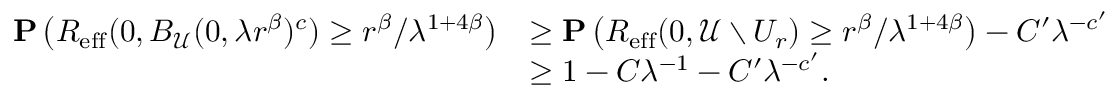
\begin{array} { r l } { \mathbf { P } \left( R _ { \mathrm { e f f } } ( { 0 } , { B _ { \mathcal { U } } ( 0 , \lambda r ^ { \beta } ) ^ { c } } ) \ge r ^ { \beta } / \lambda ^ { 1 + 4 \beta } \right) } & { \ge \mathbf { P } \left( R _ { \mathrm { e f f } } ( { 0 } , { \mathcal { U } \setminus U _ { r } } ) \ge r ^ { \beta } / \lambda ^ { 1 + 4 \beta } \right) - C ^ { \prime } \lambda ^ { - c ^ { \prime } } } \\ & { \ge 1 - C \lambda ^ { - 1 } - C ^ { \prime } \lambda ^ { - c ^ { \prime } } . } \end{array}